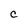
Character: C